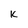
Character: k